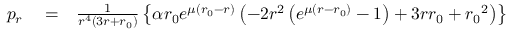
\begin{array} { r l r } { p _ { r } } & { { } = } & { \frac { 1 } { r ^ { 4 } ( 3 r + { r _ { 0 } } ) } \left\lbrace \alpha { r _ { 0 } } e ^ { \mu ( { r _ { 0 } } - r ) } \left( - 2 r ^ { 2 } \left( e ^ { \mu ( r - { r _ { 0 } } ) } - 1 \right) + 3 r { r _ { 0 } } + { r _ { 0 } } ^ { 2 } \right) \right\rbrace } \end{array}